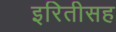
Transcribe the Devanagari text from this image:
इरितीसह